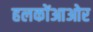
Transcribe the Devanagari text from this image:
हलकोंआओर